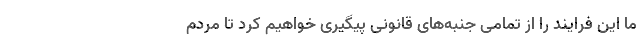
ما این فرایند را از تمامی جنبه‌های قانونی پیگیری خواهیم کرد تا مردم